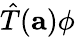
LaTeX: {\hat{T}}(\mathbf{a})\phi